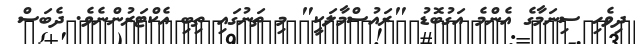
ދިވެހި ސިނަމާގެ އެންމެ އަގުބޮޑު "ރައުސްމާލަކީ" މި ތަނުގައި ތިބި އެކްޓަރުންނެވެ. ދެބަސް